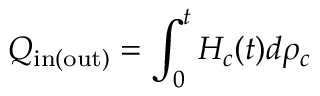
Q _ { \mathrm { i n ( o u t ) } } = \int _ { 0 } ^ { t } H _ { c } ( t ) d \rho _ { c }